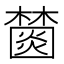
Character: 𣞖